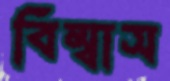
বিম্বাস